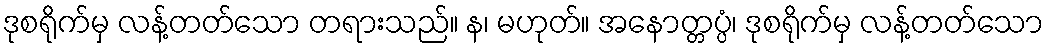
ဒုစရိုက်မှ လန့်တတ်သော တရားသည်။ န၊ မဟုတ်။ အနောတ္တပ္ပံ၊ ဒုစရိုက်မှ လန့်တတ်သော